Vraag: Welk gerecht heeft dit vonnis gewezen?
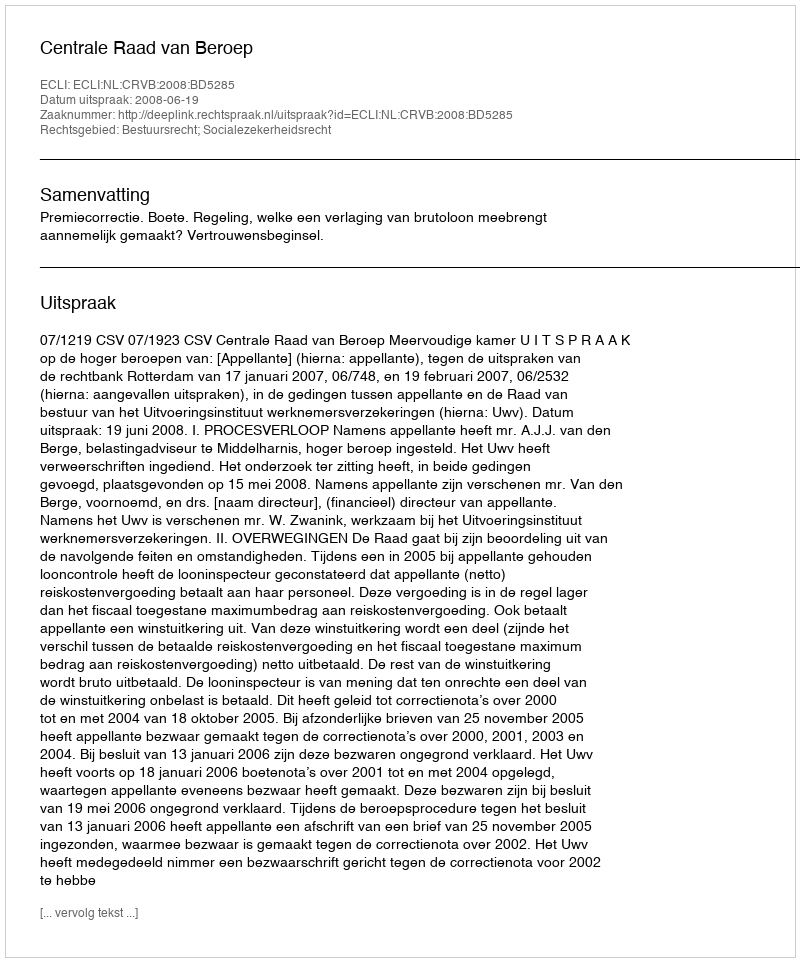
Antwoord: Centrale Raad van Beroep